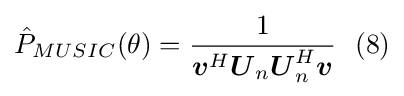
{\hat {P}}_{MUSIC}(\theta )={\frac {1}{{\boldsymbol {v}}^{H}{\boldsymbol {U}}_{n}{\boldsymbol {U}}_{n}^{H}{\boldsymbol {v}}}}\ \ (8)